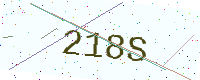
Text: 218S